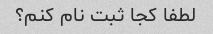
لطفا کجا ثبت نام کنم؟